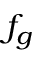
f _ { g }